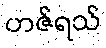
ဟဇ်ရသ်